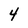
Character: 4